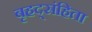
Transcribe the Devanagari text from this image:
बृहद्संहिता